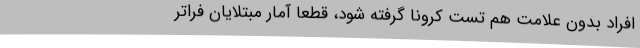
افراد بدون علامت هم تست کرونا گرفته شود، قطعا آمار مبتلایان فراتر